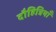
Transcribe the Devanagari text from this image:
दौहित्रियाँ